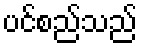
ပင်စည်သည်